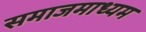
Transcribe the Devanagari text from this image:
समाजमाध्यम